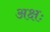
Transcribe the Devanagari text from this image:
अक्षः